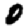
Digit: 0